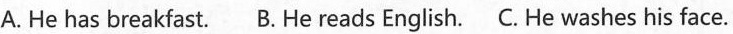
A. He has breakfast.B. He reads English.C. He washes his face.